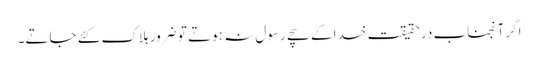
اگر آنجناب درحقیقت خدا کے سچے رسول نہ ہوتے تو ضرور ہلاک کئے جاتے۔